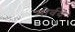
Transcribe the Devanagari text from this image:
मोर्वये